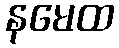
နမေထ